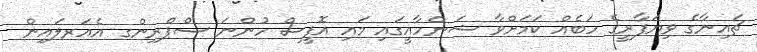
ޗައިނާގެ ވިޔަފާރީގެ ހަބެއް ކަމަށްވާ ޝަންހާއީގައި މައި އޮފީސް ހުންނަ ސްޕްރިންގ އެއަރލައިން